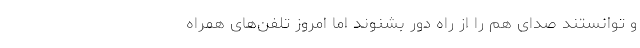
و توانستند صدای هم را از راه دور بشنوند اما امروز تلفن‌های همراه